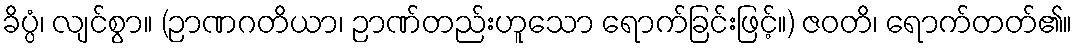
ခိပ္ပံ၊ လျင်စွာ။ (ဉာဏဂတိယာ၊ ဉာဏ်တည်းဟူသော ရောက်ခြင်းဖြင့်။) ဇဝတိ၊ ရောက်တတ်၏။